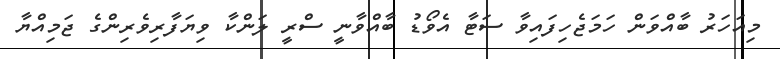
މިއަހަރު ބާއްވަން ހަމަޖެހިފައިވާ ސަޓާ އެވޯޑު ބާއްވާނީ ސްރީ ލަންކާ ވިޔަފާރިވެރިންގެ ޖަމިއްޔާ